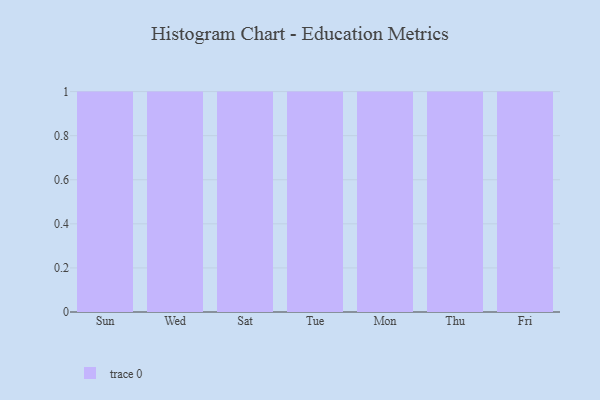
{"axis": {"x": "Day", "y": "Churn Rate (%)"}, "legend": [""], "data": [{"x": "Sun", "y": 99, "type": ""}, {"x": "Wed", "y": 38, "type": ""}, {"x": "Sat", "y": 66, "type": ""}, {"x": "Tue", "y": 82, "type": ""}, {"x": "Mon", "y": 21, "type": ""}, {"x": "Thu", "y": 88, "type": ""}, {"x": "Fri", "y": 46, "type": ""}]}